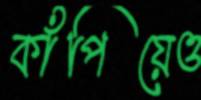
কাঁপিয়েও